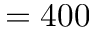
= 4 0 0